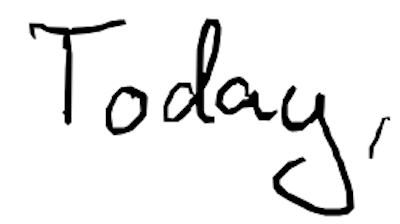
Text: Today,
Cross-out: clean
Writing tool: digital_black